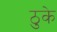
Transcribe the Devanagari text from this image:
ठुके